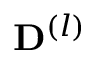
\mathbf { D } ^ { ( l ) }